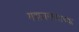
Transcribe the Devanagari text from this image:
महाजनपदाच्या